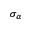
\sigma _ { \alpha }